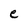
Character: e